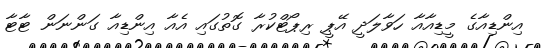
އިންޑިއާގެ މީޑިއާއާ ހަވާލަދީ އޭޕީ ރިޕޯޓްކުރާ ގޮތުގައި އެއާ އިންޑިއާ ގަންނަން ޓާޓާ